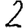
Digit: 2